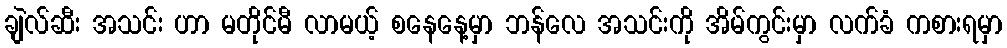
ချဲလ်ဆီး အသင်း ဟာ မတိုင်မီ လာမယ့် စနေနေ့မှာ ဘန်လေ အသင်းကို အိမ်ကွင်းမှာ လက်ခံ ကစားရမှာ